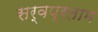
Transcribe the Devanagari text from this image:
सर्वप्रताम